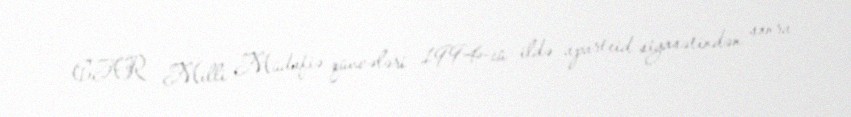
CAR Milli Müdafiə qüvvələri 1994-cü ildə aparteid siyasətindən sonra